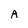
Character: A